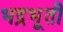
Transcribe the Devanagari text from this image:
भद्रभूती